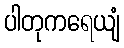
ပါတုကရေယျံ